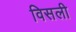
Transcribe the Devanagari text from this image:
विसली